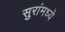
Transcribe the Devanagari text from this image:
सुरांमध्ये